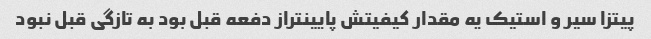
پیتزا سیر و استیک یه مقدار کیفیتش پایینتراز دفعه قبل بود به تازگی قبل نبود